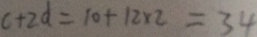
c + 2 d = 1 0 + 1 2 \times 2 = 3 4